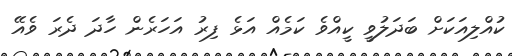
ކުއްލިއަކަށް ބަދަލުވީ ކީއްވެ ކަމެއް އަޅެ ފިރު އަހަރެން ހާދަ ދެރަ ވެއޭ